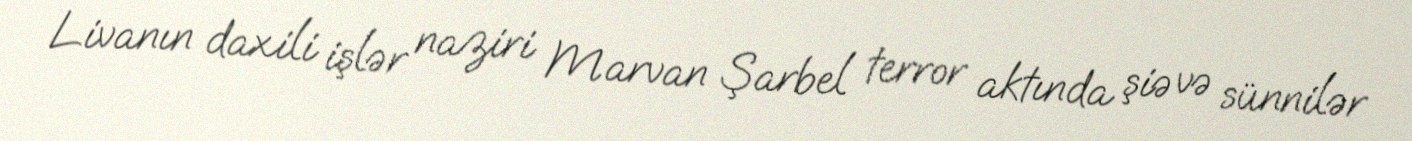
Livanın daxili işlər naziri Marvan Şarbel terror aktında şiə və sünnilər